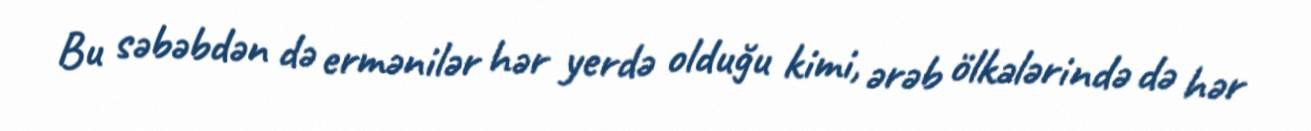
Bu səbəbdən də ermənilər hər yerdə olduğu kimi, ərəb ölkələrində də hər